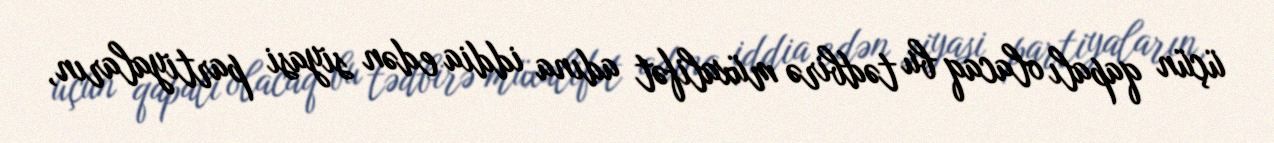
üçün qapalı olacaq bu tədbirə müxalifət adına iddia edən siyasi partiyaların,